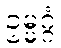
ဥမ္မဂ္ဂံ